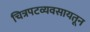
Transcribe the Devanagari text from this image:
चित्रपटव्यवसायतून